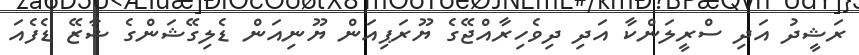
ރަޝީދު އަދި ސްރީލަންކާ އަދި ދިވެހިރާއްޖޭގެ ޔޫރަޕިއަން ޔޫނިއަން ޑެލިގޭޝަންގެ ޝާޒޭ ޑެފެއަ